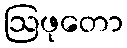
ဩဖုတော